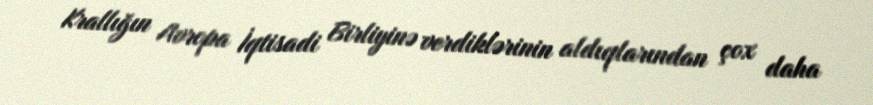
Krallığın Avropa İqtisadi Birliyinə verdiklərinin aldıqlarından çox daha